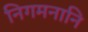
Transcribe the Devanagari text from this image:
निगमनानि